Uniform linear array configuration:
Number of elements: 4
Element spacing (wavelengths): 1
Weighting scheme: uniform
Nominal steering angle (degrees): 45
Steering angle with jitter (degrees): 44.779
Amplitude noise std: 0.05
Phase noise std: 0.05

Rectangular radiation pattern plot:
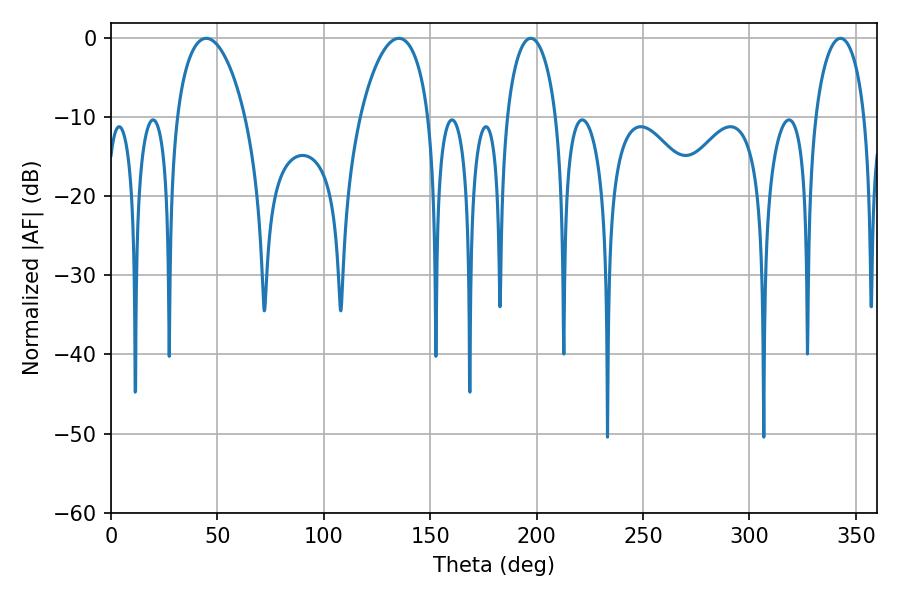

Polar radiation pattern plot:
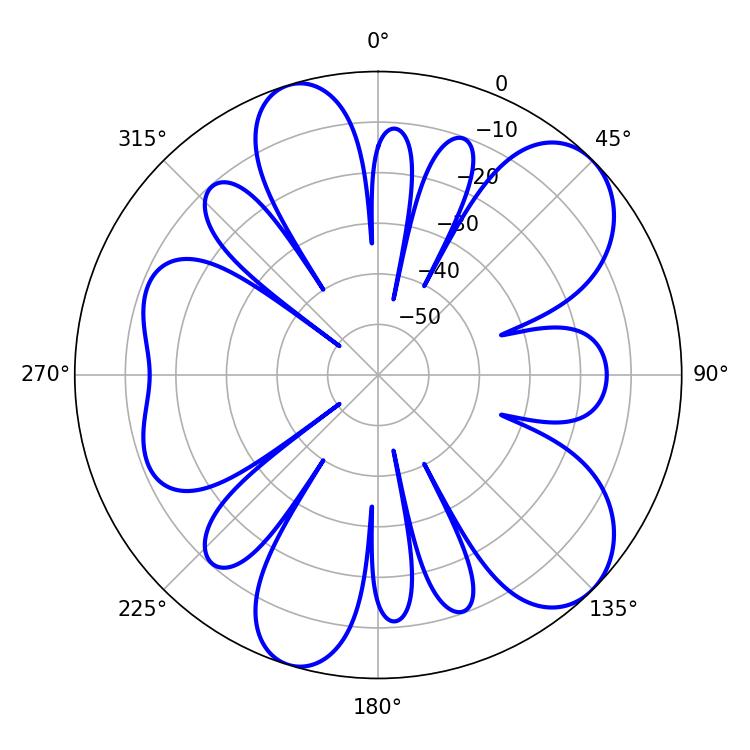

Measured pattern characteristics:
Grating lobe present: TRUE
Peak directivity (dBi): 8.619
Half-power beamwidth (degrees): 18.36
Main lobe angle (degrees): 44.82